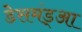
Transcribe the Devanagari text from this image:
डेसमंड्आ